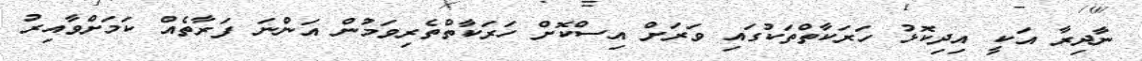
ނާދިރާ އަކީ އިދިކޮޅު ހަރަކާތްތަކުގައި ވަރަށް އިސްކޮށް ހަރަކާތްތެރިވަމުން އަންނަ ފަރާތެއް ކަމަށްވާއިރު